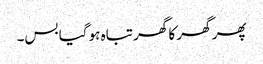
پھر گھر کا گھر تباہ ہو گیا بس۔